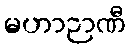
မဟာဉာဏီ